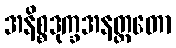
အနိစ္စဒုက္ခအနတ္တတော